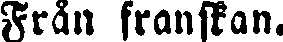
Från franskan.